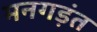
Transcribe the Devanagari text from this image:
मनगड़ंत